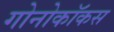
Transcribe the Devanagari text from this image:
गोनोकॉकस